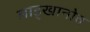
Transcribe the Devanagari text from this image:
लाड्खानोत